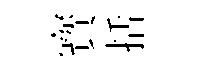
寳括